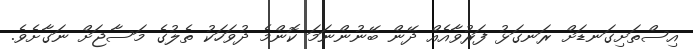
އިސްތަށިގަނޑަށް ރަނގަޅު ފަރުވާއެއް ދޭން ބޭނުންނަމަ ކޮންމެ ދުވަހަކު ތެލުގެ މަސާޖަށް ނަގާށެވެ.